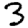
Digit: 3